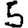
Digit: 5